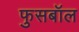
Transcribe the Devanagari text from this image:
फुसबॉल